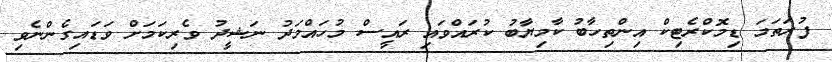
ފުރަތަމަ ޑިމޮކްރެޓިކް އިންތިހާބު ކާމިޔާބު ކުރައްވައި ރައީސް މުހައްމަދު ނަޝީދު ވެރިކަމަށް ވަޑައިގެންނެވި